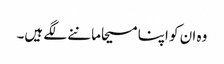
وہ ان کو اپنا مسیحا ماننے لگے ہیں۔